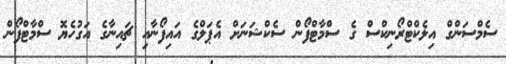
ސެމްސަންގް އިލެކްޓްރޯނިކްސް ގެ ސްމާޓްފޯން ސެކްޝަނަށް އެޕަލްގެ އައިފޯނާއިި ޗައިނާގެ އަގުހެޔޮ ސްމާޓްފޯން